Calcutta medical institutions reports 1871-78
Year: 1871
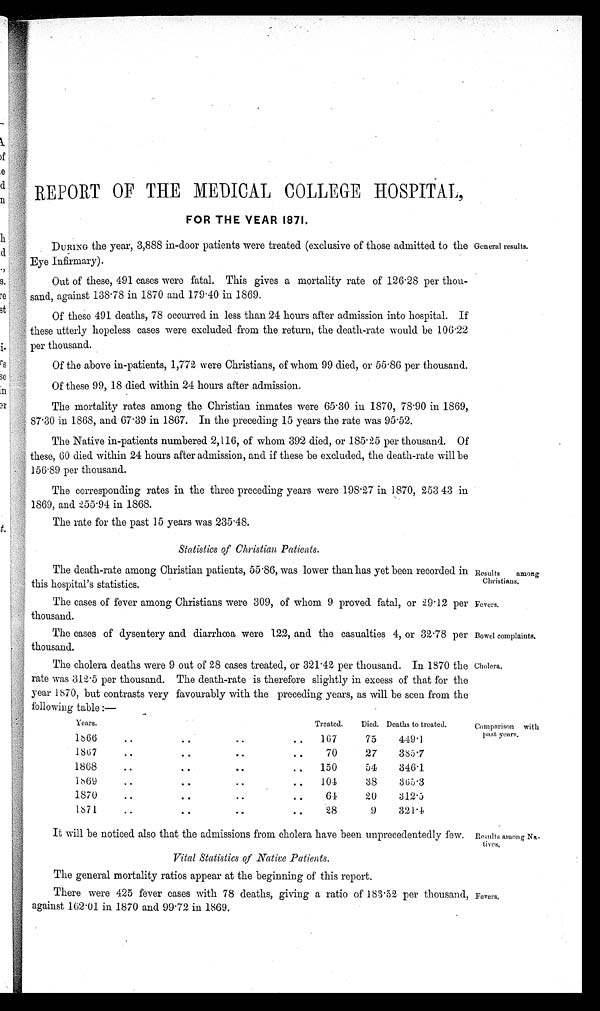
Results among
Christians.
Fevers.
Bowel complaints.
Cholera.
REPORT OF THE MEDICAL COLLEGE HOSPITAL,
FOR THE YEAR 1871.
DURING the year, 3,888 in-door patients were treated (exclusive of those admitted to the
Eye Infirmary).
Out of these, 491 cases were fatal. This gives a mortality rate of 126.28 per thou-
sand, against 138 78 in 1870 and 179.40 in 1869.
Of these 491 deaths, 78 occurred in less than 24 hours after admission into hospital. If
these utterly hopeless cases were excluded from the return, the death-rate would be 106.22
per thousand.
Of the above in-patients, 1,772 were Christians, of whom 99 died, or 55.86 per thousand.
Of these 99, 18 died within 24 hours after admission.
The mortality rates among the Christian inmates were 65.30 in 1870, 78.90 in 1869,
87.30 in 1868, and 67-39 in 1867. In the preceding 15 years the rate was 95.52.
The Native in-patients numbered 2,116, of whom 392 died, or 185.25 per thousand. Of
these, 60 died within 24 hours after admission, and if these be excluded, the death-rate will be
156.89 per thousand.
The corresponding rates in the three preceding years were 198.27 in 1870, 253 43 in
1869, and 255.94 in 1868.
The rate for the past 15 years was 235.48.
Statistics of Christian Patients.
The death-rate among Christian patients, 55.86, was lower than has yet been recorded in
this hospital's statistics.
The cases of fever among Christians were 309, of whom 9 proved fatal, or 29.12 per
thousand.
The cases of dysentery and diarrhoea were 122, and the casualties 4, or 32.78 per
thousand.
The cholera deaths were 9 out of 28 cases treated, or 321.42 per thousand. In 1870 the
rate was 312.5 per thousand. The death-rate is therefore slightly in excess of that for the
year 1870, but contrasts very favourably with the preceding years, as will be seen from the
following table :—
Years.
Treated.
Died. Deaths to treated.
1866
..
..
..
..
167
75
449.1
1867
..
..
..
..
70
27
385.7
1868
..
..
..
..
150
54
346.1
1869
..
..
..
..
104
38
365.3
1870
..
..
..
..
64
20
312.5
1871
..
..
..
..
28
9
321.4
It will be noticed also that, the admissions from cholera have been unprecedentedly few.
Vital Statistics Of Native Patients.
The general mortality ratios appear at the beginning of this report.
There were 425 fever cases with 78 deaths, giving a ratio of 183.52 per thousand,
against 162.01 in 1870 and 99.72 in 1869.
General results.
Comparison with
past years.
Results among Na
tives.
Fevers.